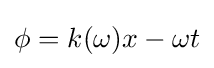
\phi =k(\omega )x-\omega t